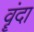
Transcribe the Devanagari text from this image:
वॄंदा